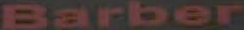
Barber